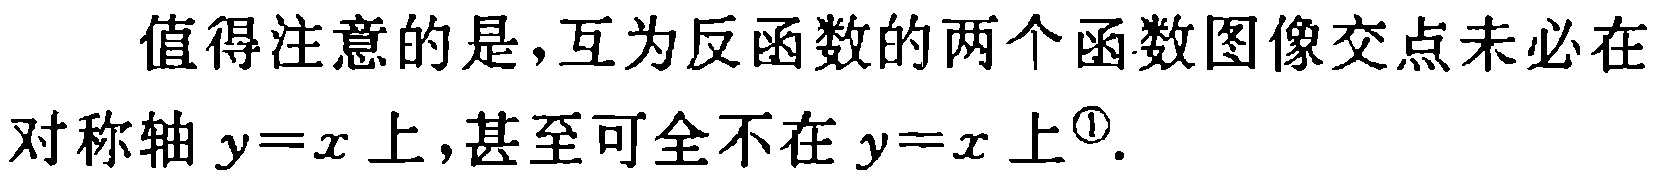
值得注意的是，互为反函数的两个函数图像交点未必在对称轴 \(y = x\) 上，甚至可全不在 \(y = x\) 上\(^{\textcircled{1}}\).